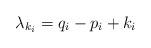
LaTeX: \begin{align*} \lambda_{k_i} = q_i-p_i+k_i\end{align*}